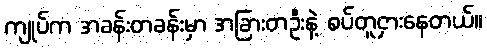
ကျုပ်က အခန်းတခန်းမှာ အခြားတဦးနဲ့ စပ်တူငှားနေတယ်။